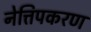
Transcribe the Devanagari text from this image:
नेत्तिपकरण